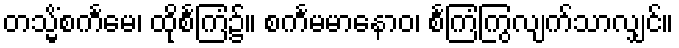
တသ္မိံစင်္ကမေ၊ ထိုစင်္ကြံ၌။ စင်္ကမမာနောဝ၊ စင်္ကြံကြွလျက်သာလျှင်။